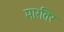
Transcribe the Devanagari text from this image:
मारतिर